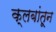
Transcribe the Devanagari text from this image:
क्लबांतून